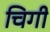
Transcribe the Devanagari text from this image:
चिगी